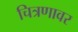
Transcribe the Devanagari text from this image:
चित्रणावर